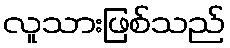
လူသားဖြစ်သည်